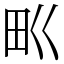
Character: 𤰕